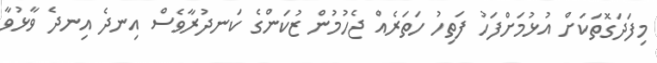
މިފަދަގޮތަކަށް އުޅުމަށްފަހު ފަތިހު ހަތަރެއް ޖެހުމުން ޒުކަންގެ ކަނދުރާވެސް އިނދެ އިނދެ ވާޅުވާ